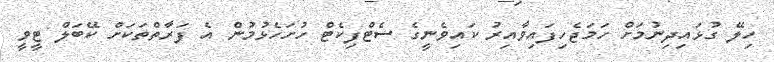
ހިލޭ ގުޅައިދިނުމަށް ހަމަޖެހިފައިވާއިރު ކައިވެނީގެ ސެޓްފިކެޓް ހުށަހެޅުމުން އެ ފަރާތްތަކަށް ކޭބަލް ޓީވީ